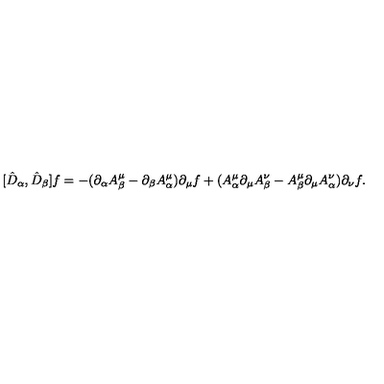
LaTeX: [ \hat { D } _ { \alpha } , \hat { D } _ { \beta } ] f = - ( \partial _ { \alpha } A _ { \beta } ^ { \mu } - \partial _ { \beta } A _ { \alpha } ^ { \mu } ) \partial _ { \mu } f + ( A _ { \alpha } ^ { \mu } \partial _ { \mu } A _ { \beta } ^ { \nu } - A _ { \beta } ^ { \mu } \partial _ { \mu } A _ { \alpha } ^ { \nu } ) \partial _ { \nu } f .